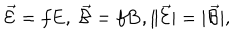
\vec { \cal E } = f { \bf E } , \ \vec { \cal B } = f { \bf B } , \| \vec { \cal E } | = | \vec { \cal B } | ,